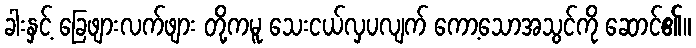
ခါးနှင့် ခြေဖျားလက်ဖျား တို့ကမူ သေးငယ်လှပလျက် ကော့သောအသွင်ကို ဆောင်၏။